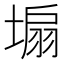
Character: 𪤆